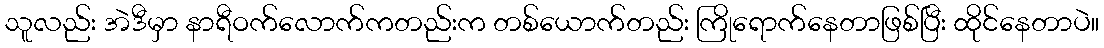
သူလည်း အဲဒီမှာ နာရီဝက်လောက်ကတည်းက တစ်ယောက်တည်း ကြိုရောက်နေတာဖြစ်ပြီး ထိုင်နေတာပဲ။